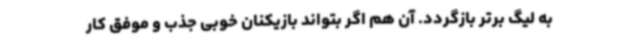
به لیگ برتر بازگردد. آن هم اگر بتواند بازیکنان خوبی جذب و موفق کار